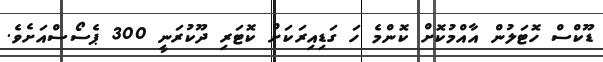
ޑޫކްސް ހޮޓަލުން އާއްމުކޮށް ކޮންމެ ހަ ގަޑިއިރަކަށް ކޮޓަރި ދޫކުރަނީ 300 ޕެސޯސްއަށެވެ.